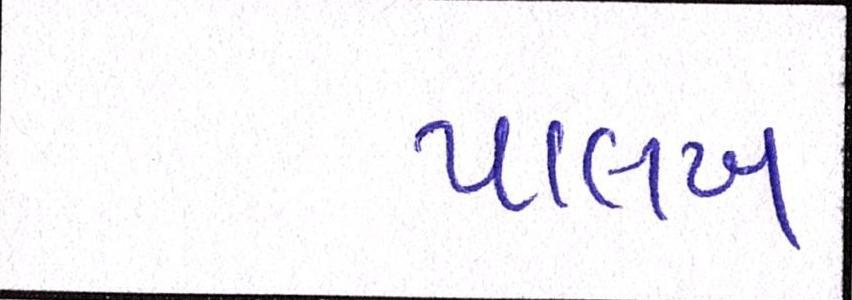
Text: પાલખ